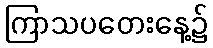
ကြာသပတေးနေ့၌